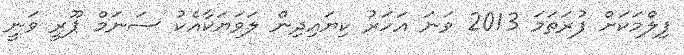
ފިލްމަކަށް ފުރަތަމަ 2013 ވަނަ އަަހަރު ކިޔައިދިން ލަވަޔަކާއެކު ސަނަމް ޕޫރީ ވަނީ